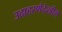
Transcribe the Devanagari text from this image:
उदाहरणेदेखील